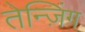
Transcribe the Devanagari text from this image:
तेन्ज़िंग